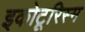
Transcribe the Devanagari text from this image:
इकोटूरिस्म